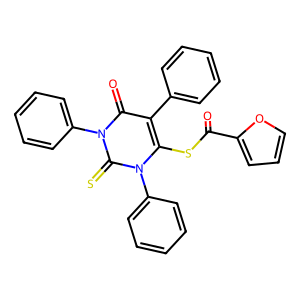
SMILES: O=C(Sc1c(-c2ccccc2)c(=O)n(-c2ccccc2)c(=S)n1-c1ccccc1)c1ccco1
Inhibits HIV replication: No